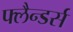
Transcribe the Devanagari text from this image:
फ्लैन्डर्स